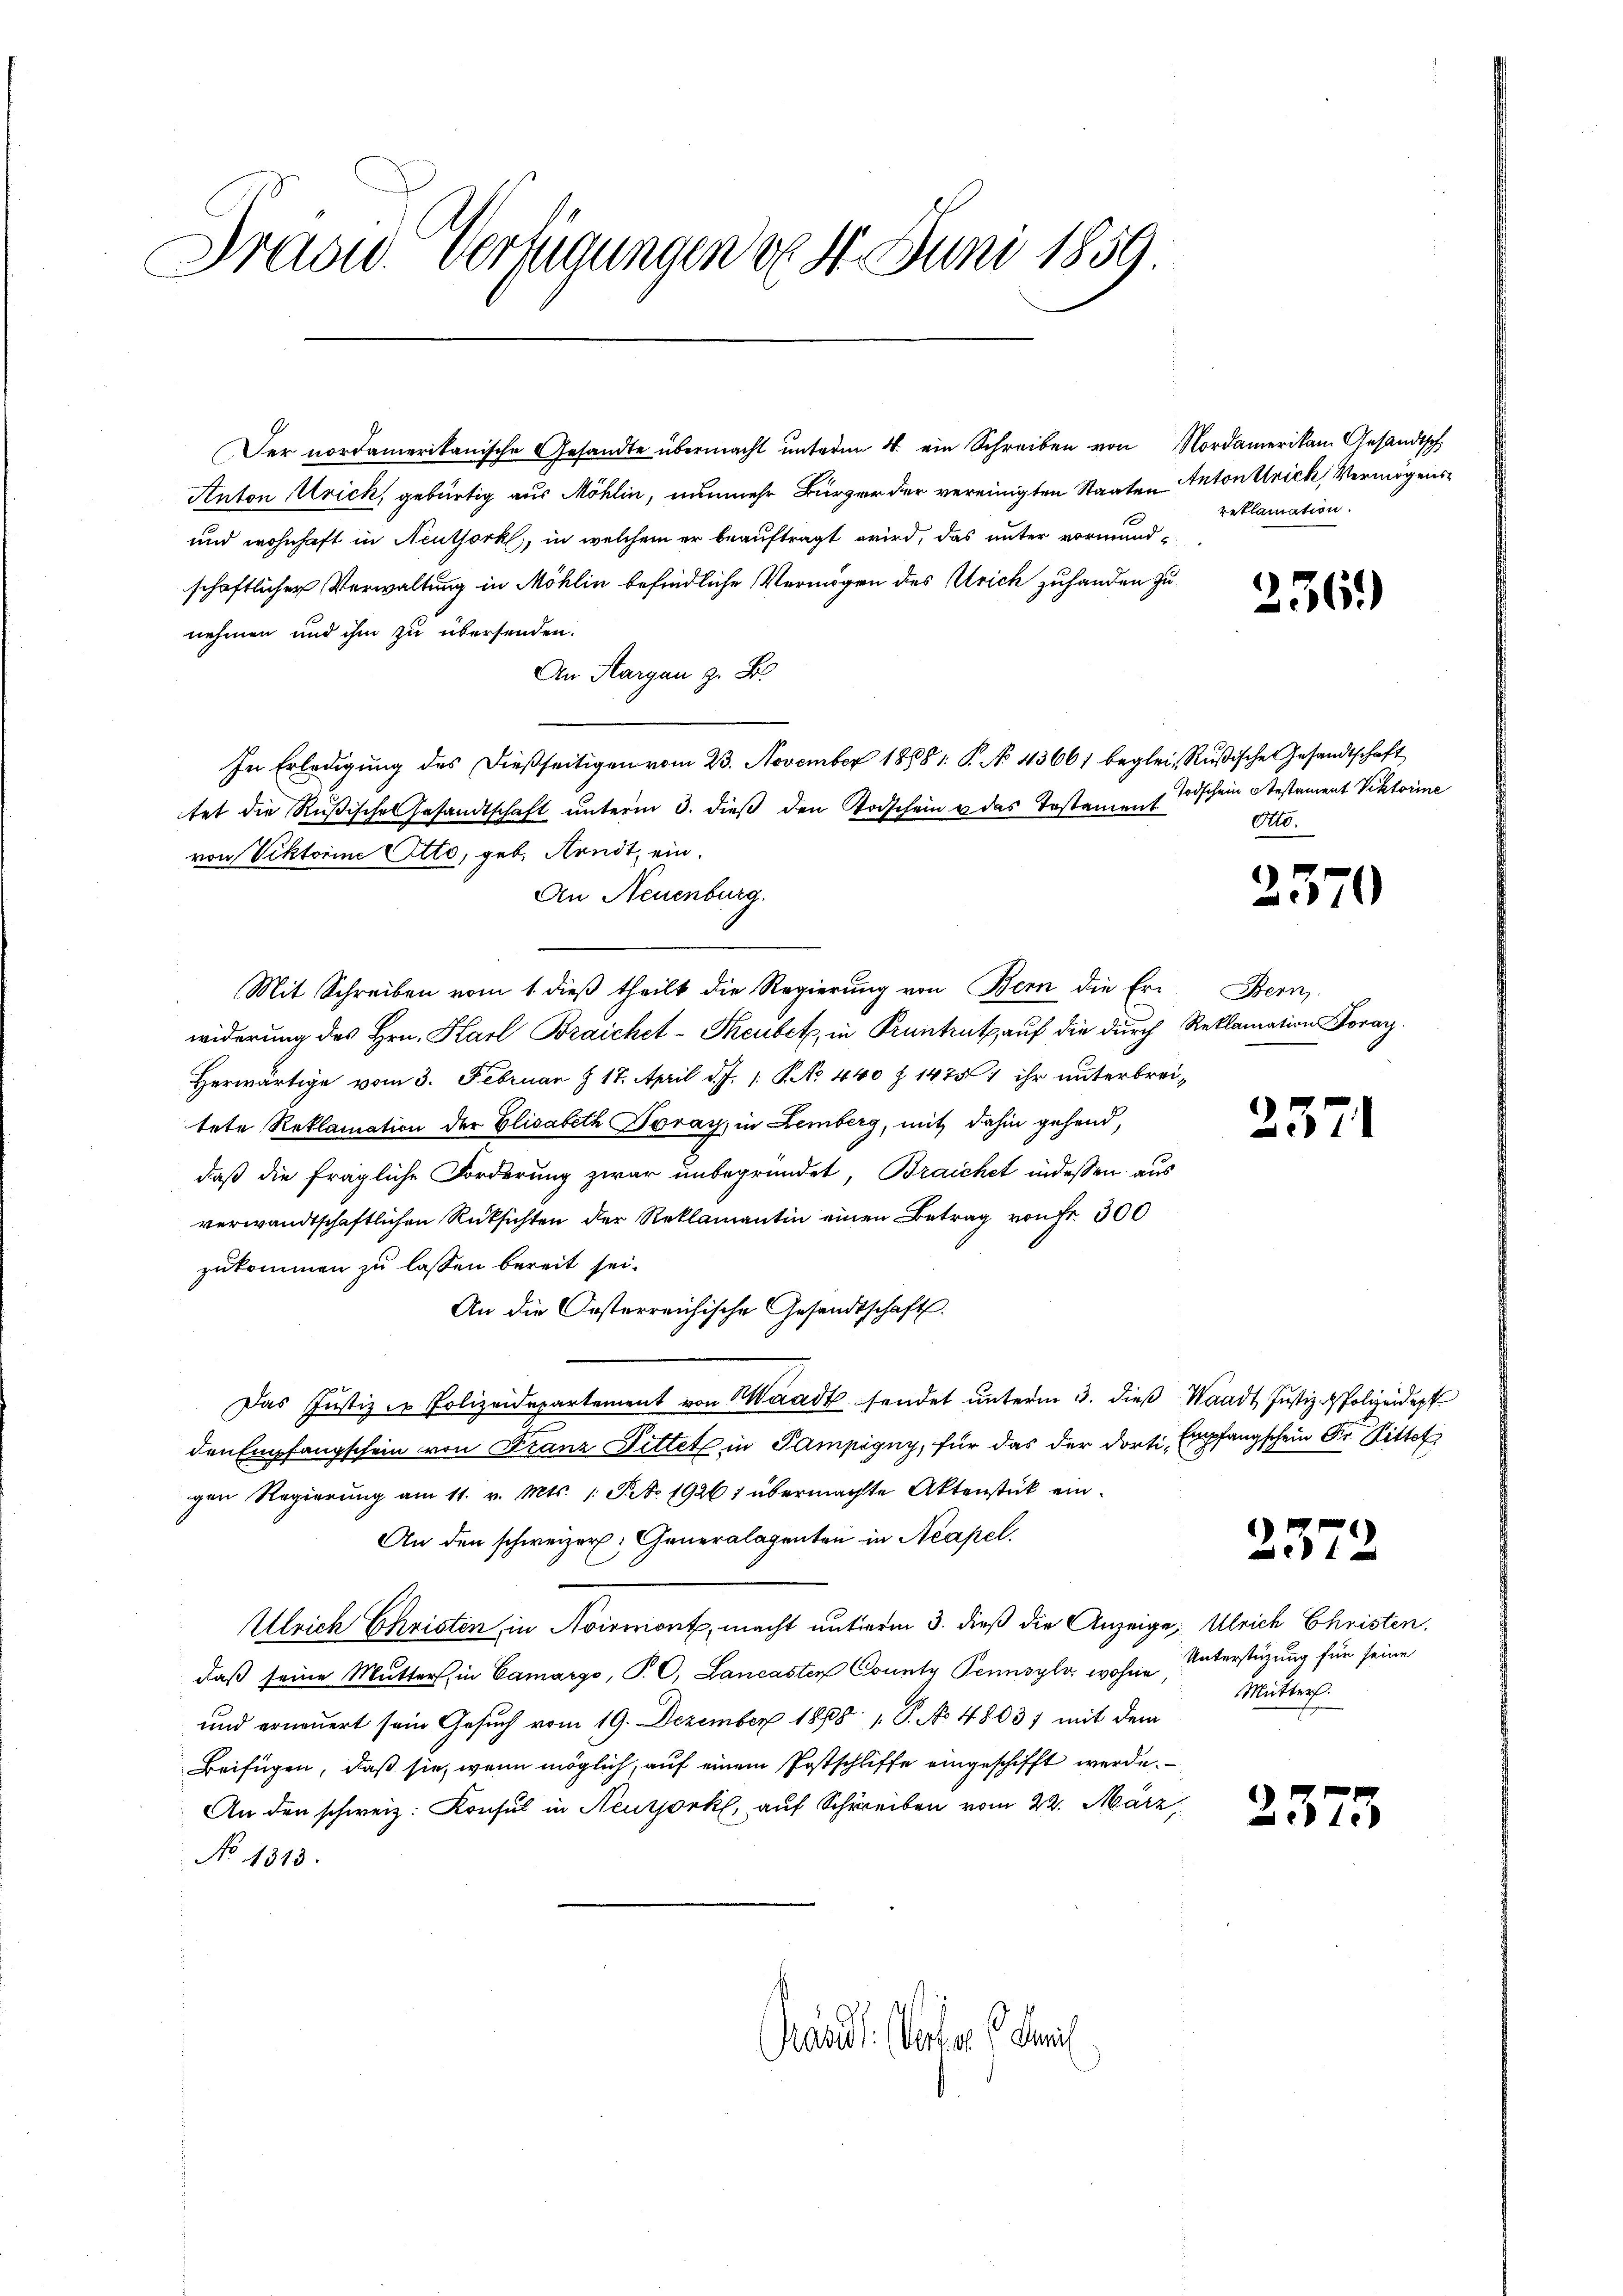
Frasw. verfügungen der 4. Juni 1859

Der nordamerikanische Gesandte übermacht unterm 4. ein Schreiben von Nordamerikam Gesandtsch
Anton Urick, gebürtig aus Möhlin, nunmehr Bürger der vereinigten Staaten Anton Ulrich, Vermögens¬
und wohnhaft in Neuthork, in welchem er beauftragt wird, das unter vormund-
schaftlicher Verwaltung in Möhlin befindliche Vermögen des Ulrich zuhanden zu
nehmen und ihm zu übersenden.
An Margau z. B.
In Erledigŭng des dießseitigen vom 23. November 1888. P. No 43661 beglei, Rußische Gesandtschaft
tet die Rußische Gesandtschaft unterm 3. dieß den Todschein u das Testament
von Viktorine Otto, geb. Arndt, ein.
An Neuenburg.
Mit Schreiben vom 1. dieß theilt die Regierung von Bern die Erwiderung des Hrn. Karl Braichet - Theubet, in Pruntrutz, auf die durch Reklamation Vorar
Herwärtige vom 3. Februar § 17. April d. J. 1. P. No 440 § 14751 ihr unterbreitete Reklamation der Elisabeth Doray, in Lemberg, mit dahin gehend,
daß die fragliche Forderung zwar unbegründet, Braichet indessen aus
verwandtschaftlichen Rüksichten der Reklamantin einen Betrag von Fr. 300
zukommen zu lassen bereit sei.
An die Oesterreichische Gesandtschaft.
 2
Das Justiz u. Polizeidepartement von Waadt sendet ŭnterm 3. dieβ Waadt Justiz - Polizeidigt
den Empfangschein von Franz Fittet in Gampigny, für das der dorti Empfangschein Fr. Bitter
gen Regierŭng am 11. v. Mts. 1. Pro. 1926 übermachte Aktenstück ein¬
An den schweizer. Generalagenten in Neapel.
Ulrich Christen in Avirmont, macht unterm 3. dieß die Anzeige, Ulrich Christen.
daß seine Mutters in Camargo, P. C. Lancasten County Pennsyls wohne
und erneuert sein Gesuch vom 19. Dezember 1868 1. P. No 4803) mit dem
Beifügen, daß sie, wenn möglich, auf einem Postschliffe eingeschifft werde.
An den schweiz. Konsul in Neutjork, auf Schreiben vom 22. März,
No 1313.

Grandl. Verfer di

reklamation.

2361)

Todschein Gestament Viktorine
Otto.

2370

Bern

257

2572

Unterstüzung für seine
Mutters

2573